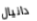
دانيال